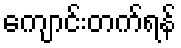
ကျောင်းတက်ရန်